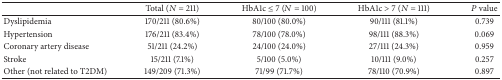
|  | Total (N = 211) | HbA1c ≤ 7 (N = 100) | HbA1c > 7 (N = 111) | P value |
 | --- | --- | --- | --- | --- |
 | Dyslipidemia | 170/211 (80.6%) | 80/100 (80.0%) | 90/111 (81.1%) | 0.739 |
 | Hypertension | 176/211 (83.4%) | 78/100 (78.0%) | 98/111 (88.3%) | 0.069 |
 | Coronary artery disease | 51/211 (24.2%) | 24/100 (24.0%) | 27/111 (24.3%) | 0.959 |
 | Stroke | 15/211 (7.1%) | 5/100 (5.0%) | 10/111 (9.0%) | 0.257 |
 | Other (not related to T2DM) | 149/209 (71.3%) | 71/99 (71.7%) | 78/110 (70.9%) | 0.897 |